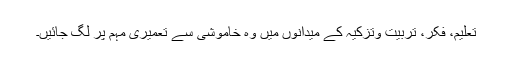
تعلیم، فکر، تربیت وتزکیہ کے میدانوں میں وہ خاموشی سے تعمیری مہم پر لگ جائیں۔